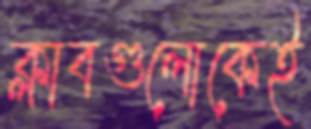
ক্লাবগুলোকেই